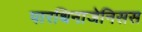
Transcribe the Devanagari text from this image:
पारथिनाजेनिसस